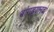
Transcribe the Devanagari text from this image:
बांगड्यानचा